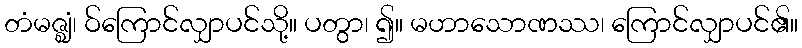
တံမဇ္ဈံ၊ ဝ်ကြောင်လျှာပင်သို့။ ပတွာ၊ ၍။ မဟာသောဏဿ၊ ကြောင်လျှာပင်၏။